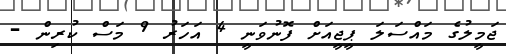
ޖަމީލުގެ މައްސަލަ ޕީޖީއަށް ފޮނުވަނީ 4 އަހަރު 9 މަސް ކުރިން -